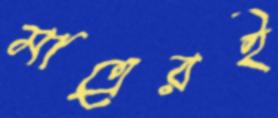
মাত্রেরই